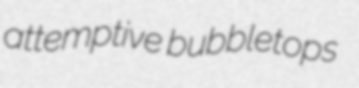
attemptive bubbletops